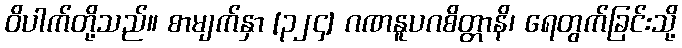
ဝိပါက်တို့သည်။ စာမျက်နှာ [၃၂၄] ဂဏနူပဂစိတ္တာနိ၊ ရေတွက်ခြင်းသို့